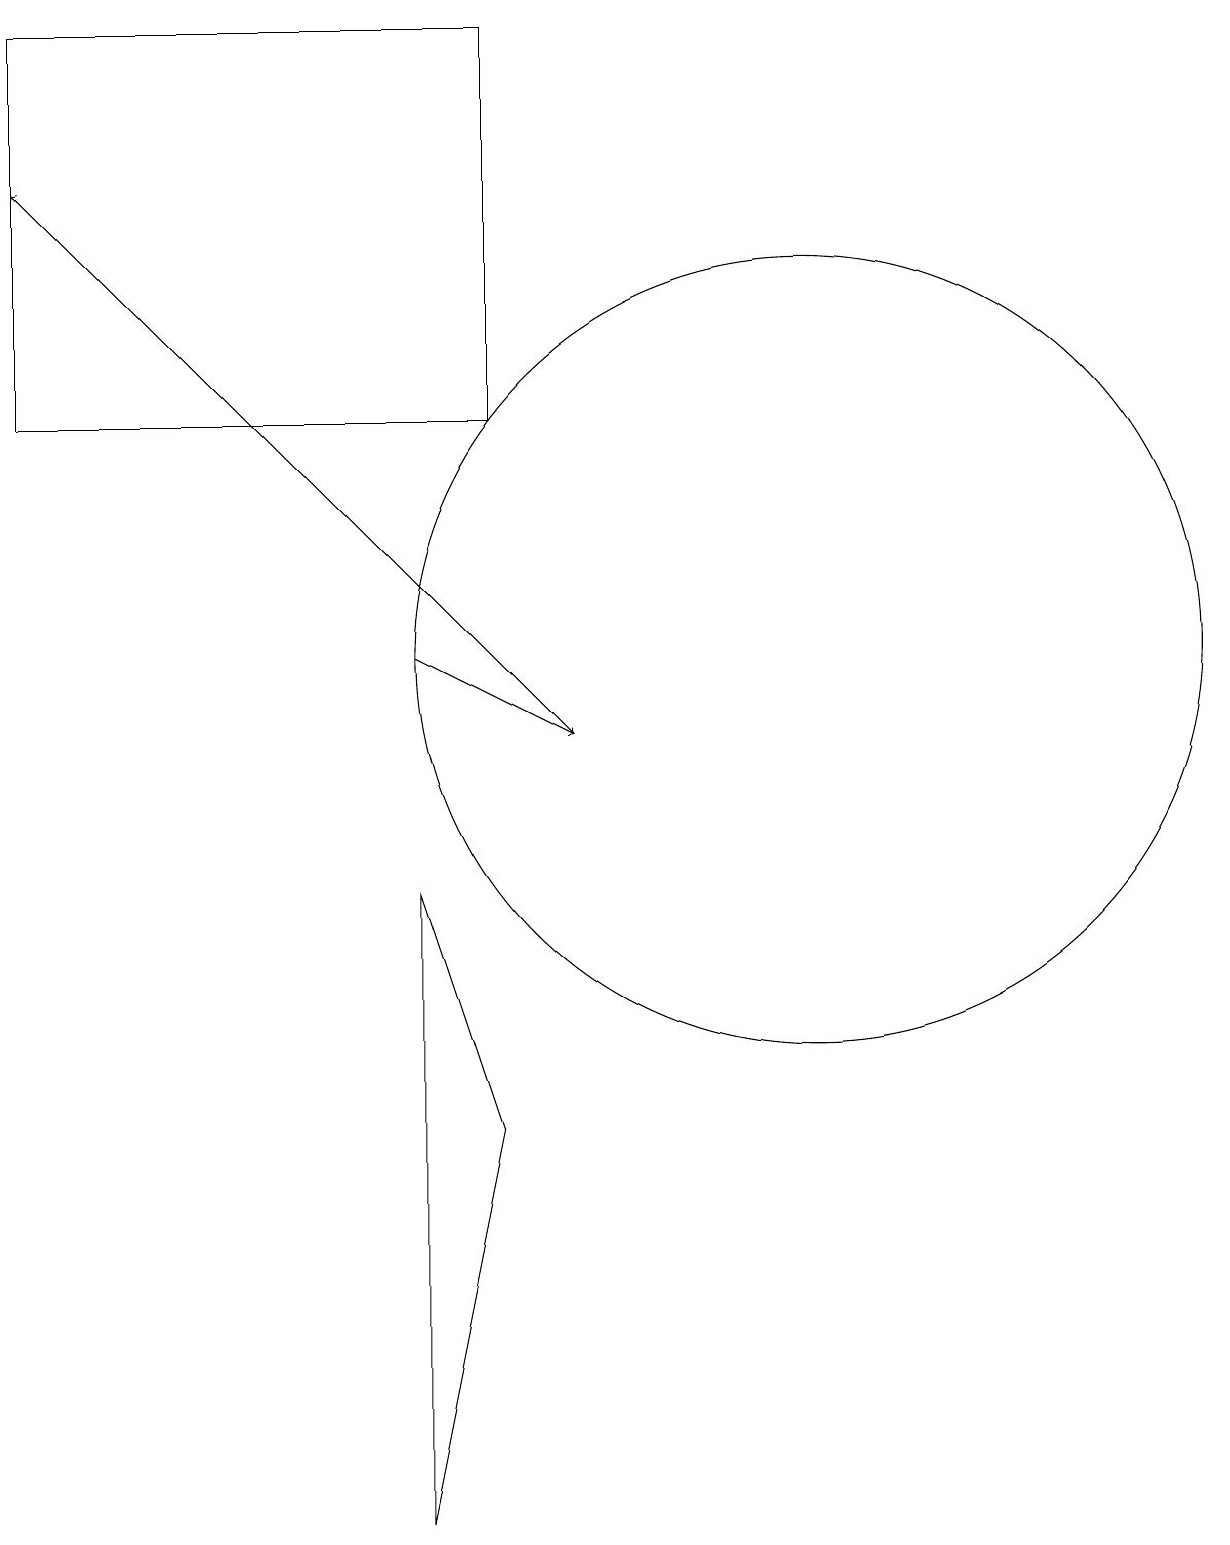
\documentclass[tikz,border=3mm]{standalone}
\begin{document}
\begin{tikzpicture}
\draw[->] (6,11) -- (8,10);
\draw (11,11) circle (5);
\draw (7,5) -- (6,0) -- (6,8) -- cycle;
\draw (7,14) rectangle (1,19);
\draw (11,10) circle (0);
\draw (10,10) circle (0);
\draw[->] (8,10) -- (1,17);
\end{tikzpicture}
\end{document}